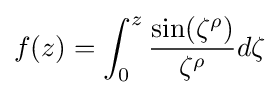
f(z)=\int _{0}^{z}{\frac {\sin(\zeta ^{\rho })}{\zeta ^{\rho }}}d\zeta